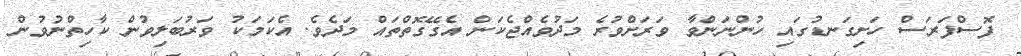
ފޮސްފަރަސް ހަށިގަނޑުގައި ހުންނަންވާ ވަރަށްވުރެ މަދުވެއްޖެކަން އެގޭގޮތްތައް މަދެވެ. އެކަމަކު ވަރުބަލިވުން ކާހިތްނުވުން